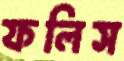
ফলিস